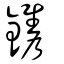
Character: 鐫